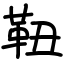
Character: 靵